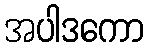
အပါဒကော